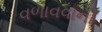
વળાવવાની